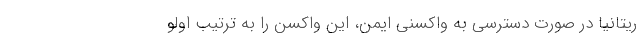
ریتانیا در صورت دسترسی به واکسنی ایمن، این واکسن را به ترتیب اولو